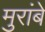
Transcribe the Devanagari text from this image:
मुरांबे